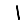
Digit: 1